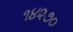
૧૪૨૭૦